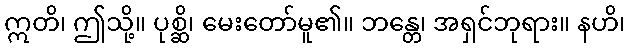
ဣတိ၊ ဤသို့။ ပုစ္ဆိ၊ မေးတော်မူ၏။ ဘန္တေ၊ အရှင်ဘုရား။ နဟိ၊